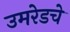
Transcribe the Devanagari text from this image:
उमरेडचे